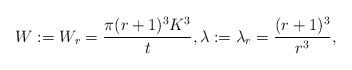
LaTeX: \begin{align*}W :=W_r=\frac{\pi (r+1)^3K^3}{t},\lambda:=\lambda_r =\frac{(r+1)^3}{r^3},\end{align*}